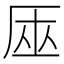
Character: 𠩟